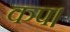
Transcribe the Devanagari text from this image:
कप।